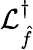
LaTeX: \mathcal{L}_{\hat{f}}^{\dagger}